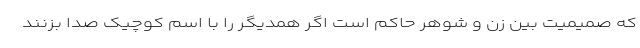
که صمیمیت بین زن و شوهر حاکم است اگر همدیگر را با اسم کوچیک صدا بزنند